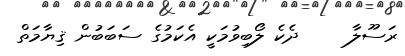
ރަސޫލާ     ދެކެ ލޯބިވުމަކީ އެކަމުގެ ސަބަބުން ޤިޔާމަތް